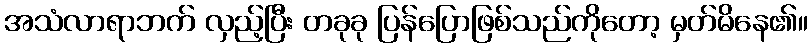
အသံလာရာဘက် လှည့်ပြီး တခုခု ပြန်ပြောဖြစ်သည်ကိုတော့ မှတ်မိနေ၏။